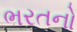
ભરતનો